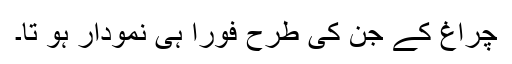
چراغ کے جن کی طرح فوراً ہی نمودار ہو تا۔